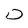
Character: D